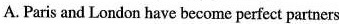
A.Paris and London have become perfect partners